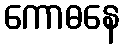
ကောဓနေ